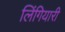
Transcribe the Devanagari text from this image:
लिंगियारी